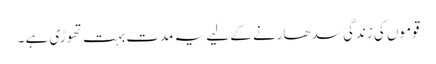
قوموں کی زندگی سد ھارنے کے لیے یہ مدت بہت تھوڑی ہے ۔